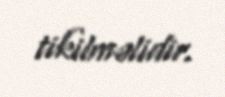
tikilməlidir.